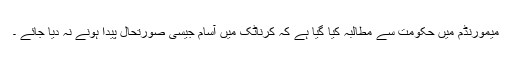
میمورنڈم میں حکومت سے مطالبہ کیا گیا ہے کہ کرناٹک میں آسام جیسی صورتحال پیدا ہونے نہ دیا جائے ۔